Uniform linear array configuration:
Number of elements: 4
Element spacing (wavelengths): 0.75
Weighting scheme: uniform
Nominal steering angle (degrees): -15
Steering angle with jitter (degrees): -13.25
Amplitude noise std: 0.05
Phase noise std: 0.05

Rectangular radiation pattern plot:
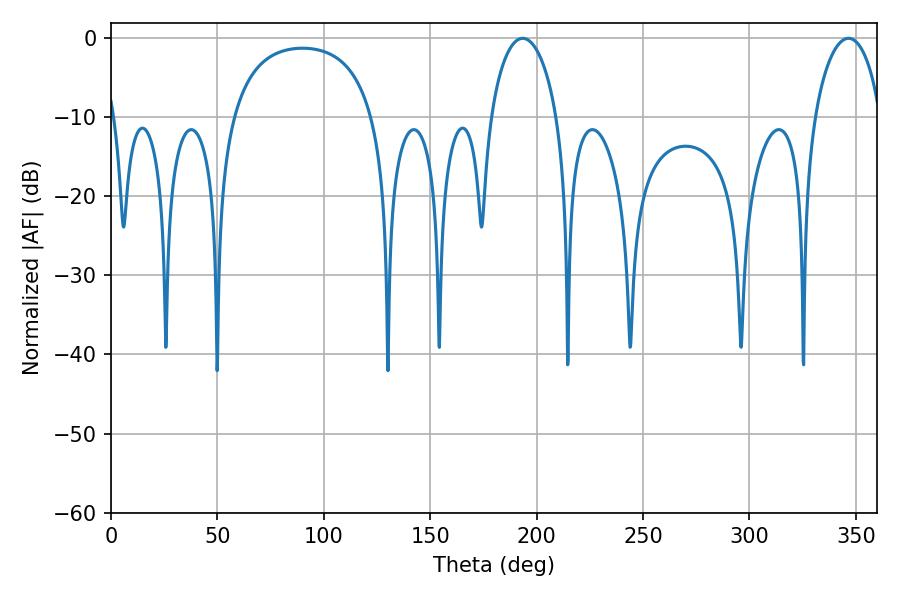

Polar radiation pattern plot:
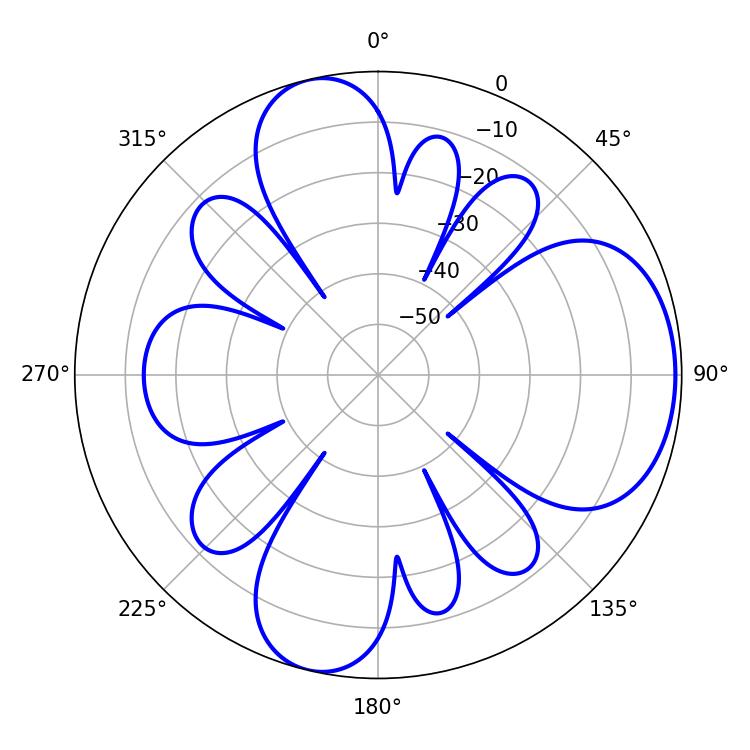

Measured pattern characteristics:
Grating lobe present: TRUE
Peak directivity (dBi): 7.142
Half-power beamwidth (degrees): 17.82
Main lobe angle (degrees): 193.5